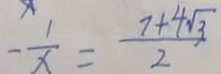
- \frac { 1 } { x } = \frac { 7 + 4 \sqrt { 3 } } { 2 }